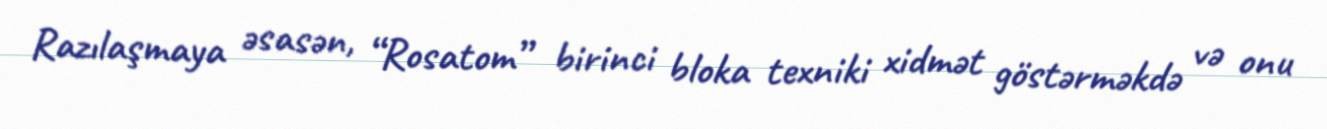
Razılaşmaya əsasən, “Rosatom” birinci bloka texniki xidmət göstərməkdə və onu